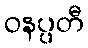
ဝနပ္ပတီ